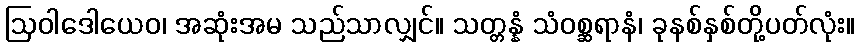
ဩဝါဒေါယေဝ၊ အဆုံးအမ သည်သာလျှင်။ သတ္တန္နံ သံဝစ္ဆရာနံ၊ ခုနစ်နှစ်တို့ပတ်လုံး။